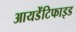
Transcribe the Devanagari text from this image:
आयडेंटिफाइड